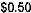
$0.50